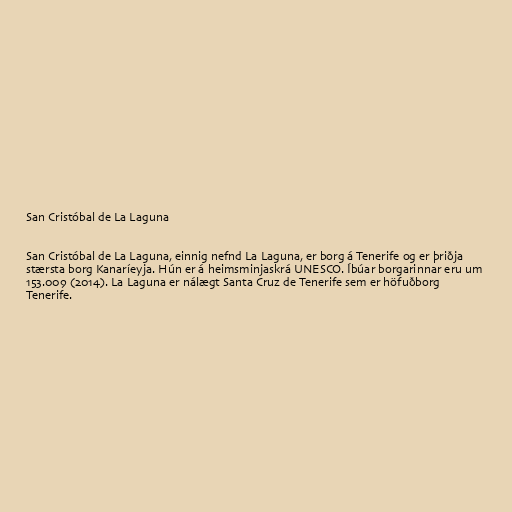
San Cristóbal de La Laguna

San Cristóbal de La Laguna, einnig nefnd La Laguna, er borg á Tenerife og er þriðja
stærsta borg Kanaríeyja. Hún er á heimsminjaskrá UNESCO. Íbúar borgarinnar eru um
153.009 (2014). La Laguna er nálægt Santa Cruz de Tenerife sem er höfuðborg
Tenerife.